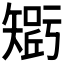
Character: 𥏾